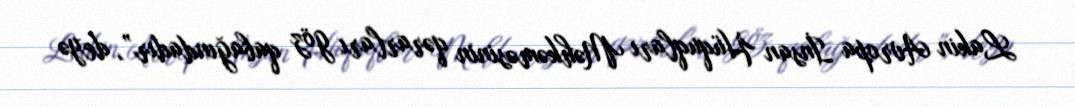
Lakin Avropa İnsan Hüquqları Məhkəməsinin qərarları göz qabağındadır”, deyə